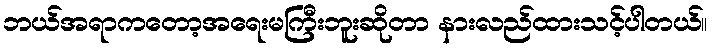
ဘယ်အရာကတော့အရေးမကြီးဘူးဆိုတာ နားလည်ထားသင့်ပါတယ်။